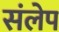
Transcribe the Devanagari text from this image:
संलेप